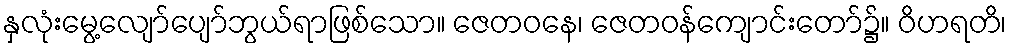
နှလုံးမွေ့လျော်ပျော်ဘွယ်ရာဖြစ်သော။ ဇေတဝနေ၊ ဇေတဝန်ကျောင်းတော်၌။ ဝိဟရတိ၊